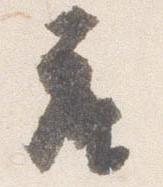
座